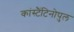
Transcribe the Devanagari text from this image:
कांस्टैंटिनोपुल